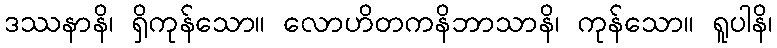
ဒဿနာနိ၊ ရှိကုန်သော။ လောဟိတကနိဘာသာနိ၊ ကုန်သော။ ရူပါနိ၊